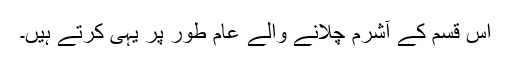
اس قسم کے آشرم چلانے والے عام طور پر یہی کرتے ہیں۔